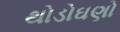
થોડોઘણો